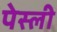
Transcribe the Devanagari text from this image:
पेस्ली